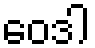
ဝေဒါ